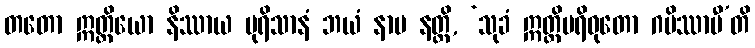
တတော ဣတ္ထိယော နိဿာယ ပုရိသာနံ ဘယံ နာမ နတ္ထိ, ‘သုခံ ဣတ္ထိပရိဝုတော ဂမိဿာမီ’တိ